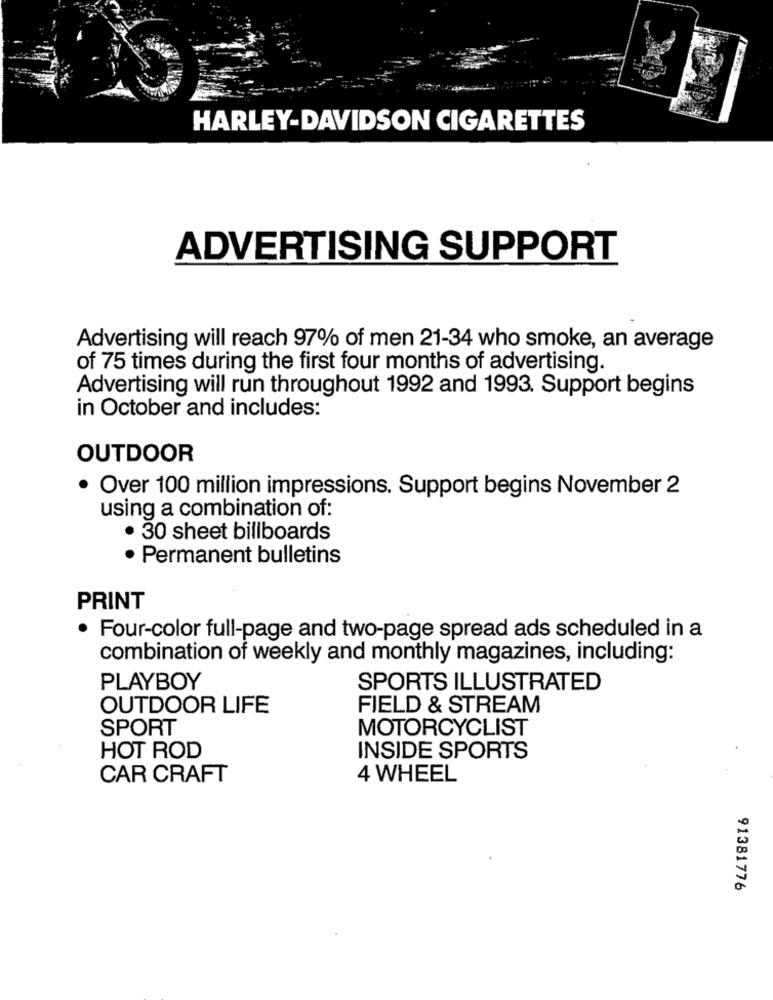
HARLEY-DAVIDSON CIGARETTES
ADVERTISING SUPPORT
Advertising will reach 97% of men 21-34 who smoke, an average
of 75 times during the first four months of advertising.
Advertising will run throughout 1992 and 1993. Support begins
in October and includes:
OUTDOOR
· Over 100 million impressions. Support begins November 2
using a combination of:
. 30 sheet billboards
· Permanent bulletins
PRINT
· Four-color full-page and two-page spread ads scheduled in a
combination of weekly and monthly magazines, including:
PLAYBOY
SPORTS ILLUSTRATED
OUTDOOR LIFE
FIELD & STREAM
SPORT
MOTORCYCLIST
HOT ROD
INSIDE SPORTS
CAR CRAFT
4 WHEEL
91381776